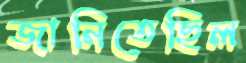
জানিতেছিল